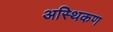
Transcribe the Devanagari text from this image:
अस्थिकण